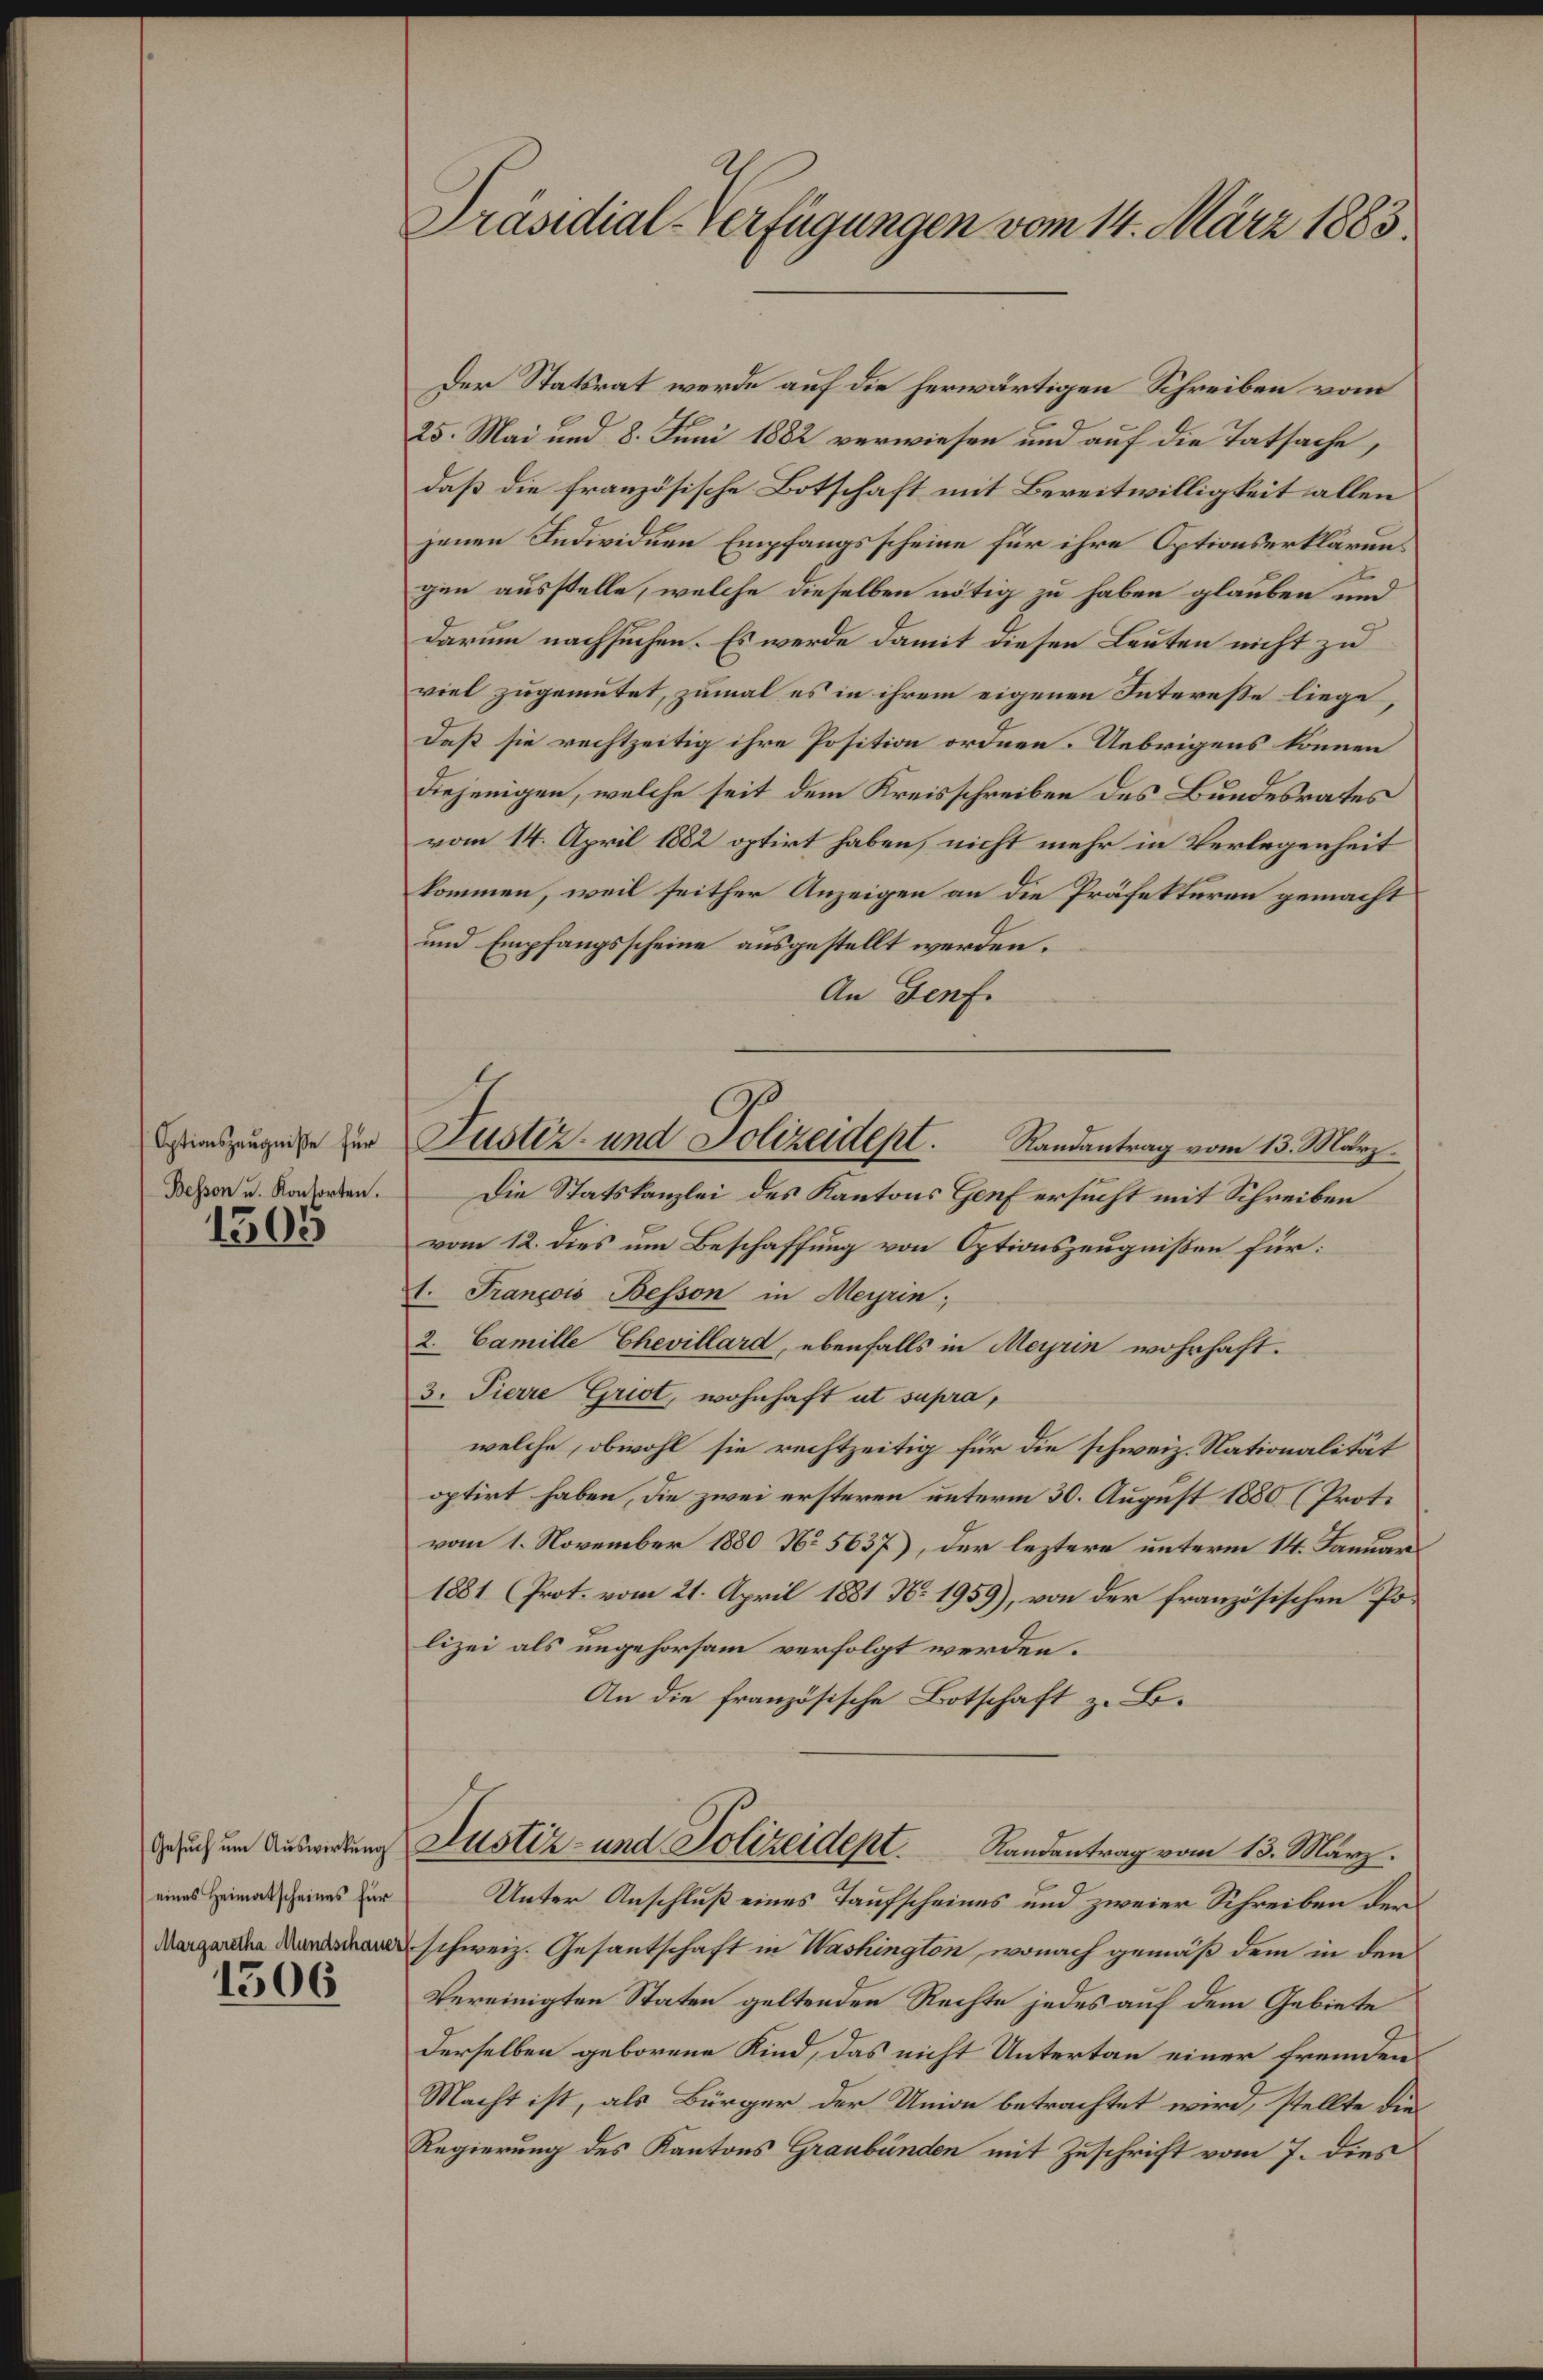
Optionszeugniße für
Bessen u. Konsorten.

1505

eines Heimatscheines für

1306

Präsidial-Verfügungen vom 14. März 1883.

Der Statsrat werde auf die herwärtigen Schreiben vom
25. Mai und 8. Juni 1882 verwiesen und auf die Tatsache,
daß die französische Botschaft mit Bereitwilligkeit allen
jenen Individuen Empfangsscheine für ihre Optionserklärungen ausstelle, welche dieselben nötig zu haben glauben und
darum nachsuchen. Es werde damit diesen Leuten nicht zu
viel zugemutet, zumal es in ihrem eigenen Interesse liege,
daß sie rechtzeitig ihre Position ordnen. Uebrigens können
diejenigen, welche seit dem Kreisschreiben des Bundesrates
vom 14. April 1882 optirt haben, nicht mehr in Verlegenheit
kommen, weil seither Anzeigen an die Präfekturen gemacht
und Empfangsscheine ausgestellt werden.
An Genf.
vom 12. dies um Beschaffung von Optionszeugnißen für:
21. François Besson in Meyrin;
2. Camille Chevillard, ebenfalls in Meyrin wahrhaft.
3. Tierre Grist, wohnhaft ut supra,
welche, obwohl sie rechtzeitig für die schweiz. Nationalität
optirt haben, die zwei ersteren unterm 30. August 1880 (Prot.
vom 1. November 1880 No 5637), der leztere unterm 14. Januar
1881 (Prot. vom 21. April 1881 N. 1959), von der französischen Polizei als ungehorsam verfolgt werden.
An die französische Botschaft z. B.
dauch um Auswirkung Justiz- und Polizeident. Randantrag vom 13. März.
Unter Anschluß eines Taufscheines und zweier Schreiben der
schweiz. Gesantschaft in Washington, wonach gemäß dem in den
vereinigten Staten geltenden Rechte jedes auf dem Gebiete
derselben geborene Kind, das nicht Untertan einer fremden
Macht ist, als Bürger der Union betrachtet wird, stellte die
Regierung des Kantons Graubünden mit Zuschrift vom 7. dies

Justiz- und Polizeidept. Randantrag vom 13. März.
Die Statskanzlei des Kantons Genf ersucht mit Schreiben